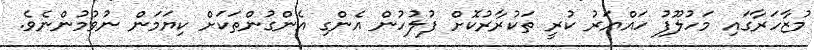
މުޒާހަރާގައި މަހުލޫފު ހައްޔަރު ކުރީ ތަކުރާރުކޮށް ފުލުހުން އެންގި އެންގުންތަކަށް ކިޔަމަން ނުވުމުންނެވެ.